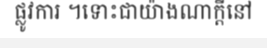
ផ្លូវការ ។ទោះជាយ៉ាងណាក្តីនៅ